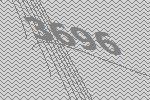
3696